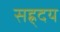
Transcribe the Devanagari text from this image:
सह्र्दय